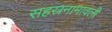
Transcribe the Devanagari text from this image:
सहस्रनामावली